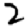
Digit: 2